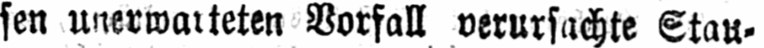
sen unerwarteten Vorfall verursachte Stau⸗